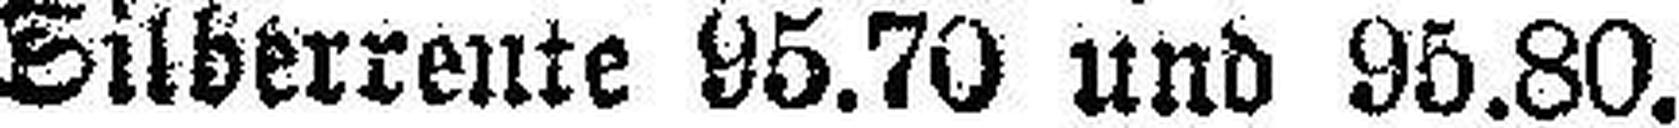
Silberrente 95.70 und 95.80.